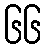
၆၆